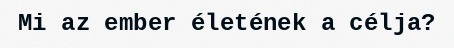
Mi az ember életének a célja?